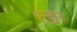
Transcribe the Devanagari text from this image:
फंडात